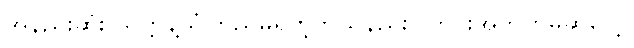
အနည်းဆုံး သတ္တိနဲ့ယုံကြည်မှုရှိတဲ့ဘယ်နည်းပြတိုင်းအတွက်မဆိုပေါ့။